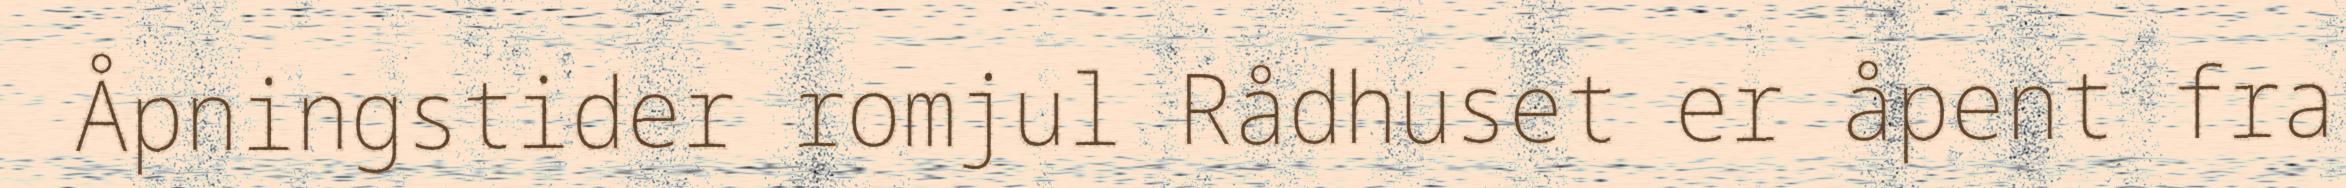
Åpningstider romjul Rådhuset er åpent fra